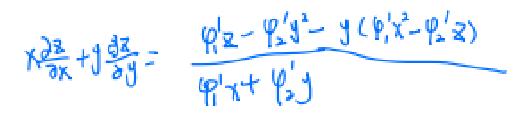
\[
x\frac{\partial z}{\partial x}+y\frac{\partial z}{\partial y}=\frac{\varphi_{1}'z - \varphi_{2}'y^{2}-y(\varphi_{1}'x - \varphi_{2}'z)}{\varphi_{1}'x+\varphi_{2}'y}
\]